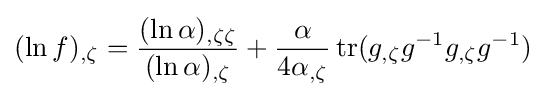
(\ln f)_{,\zeta }={\frac {(\ln \alpha )_{,\zeta \zeta }}{(\ln \alpha )_{,\zeta }}}+{\frac {\alpha }{4\alpha _{,\zeta }}}\operatorname {tr} (g_{,\zeta }g^{-1}g_{,\zeta }g^{-1})